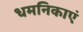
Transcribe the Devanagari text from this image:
धमनिकाएं